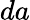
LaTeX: da